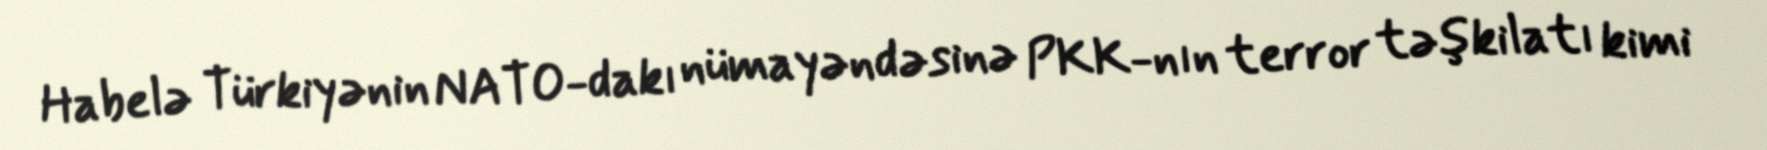
Habelə Türkiyənin NATO-dakı nümayəndəsinə PKK-nın terror təşkilatı kimi